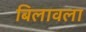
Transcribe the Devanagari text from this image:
बिलावला